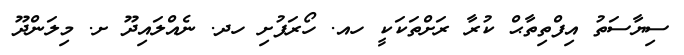
ސިޔާސަތު އިފްތިތާޙް ކުރާ ރަށްތަކަކީ ހއ. ހޯރަފުށި ހދ. ނެއްލައިދޫ ށ. މިލަންދޫ